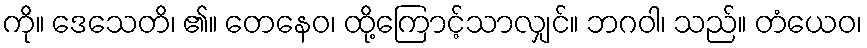
ကို။ ဒေသေတိ၊ ၏။ တေနေဝ၊ ထို့ကြောင့်သာလျှင်။ ဘဂဝါ၊ သည်။ တံယေဝ၊